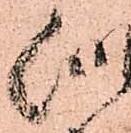
似